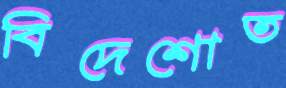
বিদেশোত